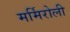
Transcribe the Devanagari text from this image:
मर्मिरोली